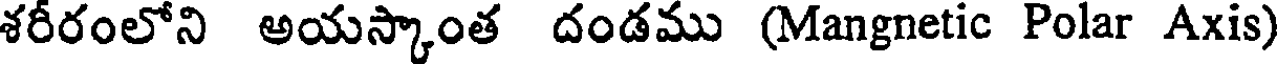
శరీరంలోని అయస్కాంత దండము (Mangnetic Polar Axis)